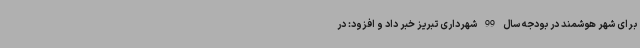
برای شهر هوشمند در بودجه سال 99 شهرداری تبریز خبر داد و افزود: در